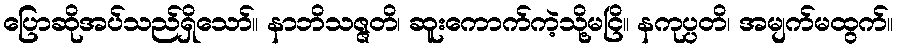
ပြောဆိုအပ်သည်ရှိသော်။ နာဘိသဇ္ဇတိ၊ ဆူးကောက်ကဲ့သို့မငြိ။ နကုပ္ပတိ၊ အမျက်မထွက်။